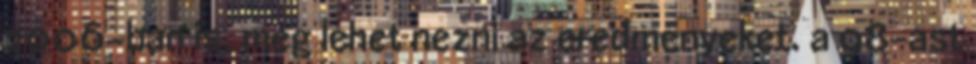
2006-ban is, meg lehet nezni az eredmenyeket. a 98-ast